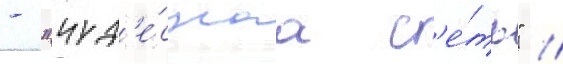
- "чуд'е́снаа с'е́ть" //